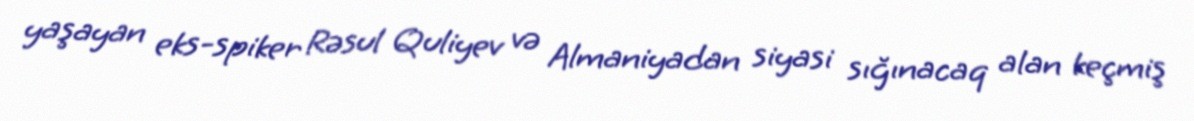
yaşayan eks-spiker Rəsul Quliyev və Almaniyadan siyasi sığınacaq alan keçmiş